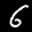
Label: 6